Elephants and their diseases
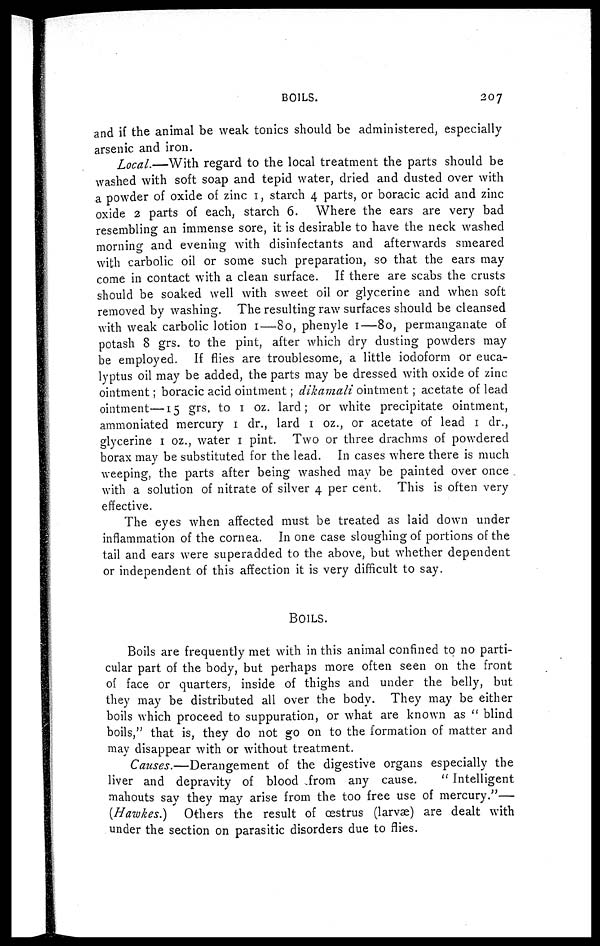
BOILS.
207
and if the animal be weak tonics should be administered, especially
arsenic and iron.
Local.—With regard to the local treatment the parts should be
washed with soft soap and tepid water, dried and dusted over with
a powder of oxide of zinc 1, starch 4 parts, or boracic acid and zinc
oxide 2 parts of each, starch 6. Where the ears are very bad
resembling an immense sore, it is desirable to have the neck washed
morning and evening with disinfectants and afterwards smeared
with carbolic oil or some such preparation, so that the ears may
come in contact with a clean surface. If there are scabs the crusts
should be soaked well with sweet oil or glycerine and when soft
removed by washing. The resulting raw surfaces should be cleansed
with weak carbolic lotion 1—80, phenyle 1—80, permanganate of
potash 8 grs. to the pint, after which dry dusting powders may
be employed. If flies are troublesome, a little iodoform or euca-
lyptus oil may be added, the parts may be dressed with oxide of zinc
ointment; boracic acid ointment; dikamali ointment; acetate of lead
ointment—15 grs, to 1 oz. lard; or white precipitate ointment,
ammoniated mercury 1 dr., lard 1 oz., or acetate of lead 1 dr.,
glycerine 1 oz., water 1 pint. Two or three drachms of powdered
borax may be substituted for the lead. In cases where there is much
weeping, the parts after being washed may be painted over once
with a solution of nitrate of silver 4 per cent. This is often very
effective.
The eyes when affected must be treated as laid down under
inflammation of the cornea. In one case sloughing of portions of the
tail and ears were superadded to the above, but whether dependent
or independent of this affection it is very difficult to say.
BOILS.
Boils are frequently met with in this animal confined to no parti-
cular part of the body, but perhaps more often seen on the front
of face or quarters, inside of thighs and under the belly, but
they may be distributed all over the body. They may be either
boils which proceed to suppuration, or what are known as " blind
boils," that is, they do not go on to the formation of matter and
may disappear with or without treatment.
Causes.—Derangement
of the digestive organs especially the
liver and depravity of blood from any cause.
" Intelligent
mahouts say they may arise from the too free use of mercury."—
(Hawkes.) Others the result of oestrus (larvæ) are dealt with
under the section on parasitic disorders due to flies.